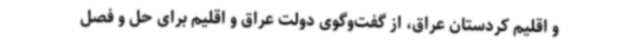
و اقلیم کردستان عراق، از گفت‌وگوی دولت عراق و اقلیم برای حل و فصل